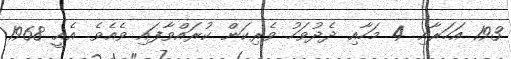
193 އަހަރާއި 4 މަހާއި ދެދުވަހު ވެރިކަން ކުރައްވާފައި ވެއެވެ. އެއީ 1968